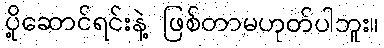
ပို့ဆောင်ရင်းနဲ့ ဖြစ်တာမဟုတ်ပါဘူး။